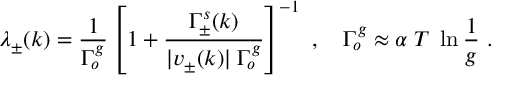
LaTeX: \lambda _ { \pm } ( k ) = \frac { 1 } { \Gamma _ { o } ^ { g } } \left[ 1 + \frac { \Gamma _ { \pm } ^ { s } ( k ) } { | v _ { \pm } ( k ) | \; \Gamma _ { o } ^ { g } } \right] ^ { - 1 } ~ , \quad \Gamma _ { o } ^ { g } \approx \alpha \; T \; \ln \frac { 1 } { g } ~ .